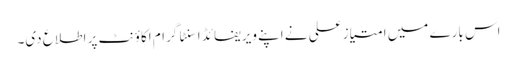
اس بارے میں امتیاز علی نے اپنے ویریفائڈ اسنٹا گرام اکاؤنٹ پر اطلاع دی۔